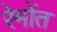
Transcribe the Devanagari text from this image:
रेमोंत